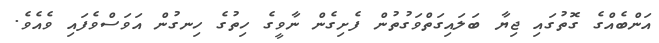
އަންބެއްގެ ގޮތުގައި ޖިޔާ ބަލައިގަތްވަގުތުން ފެށިގެން ނާވީގެ ހިތުގެ ހިނގުން އަވަސްވެފައި ވެއެވެ.